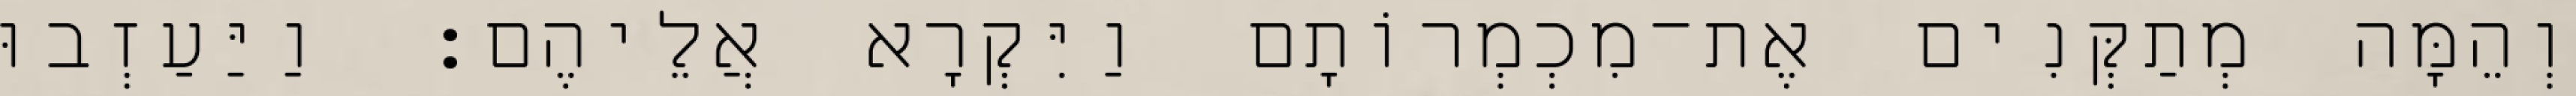
וְהֵמָּה מְתַקְּנִים אֶת־מִכְמְרוֹתָם וַיִּקְרָא אֲלֵיהֶם׃ וַיַּעַזְבוּ